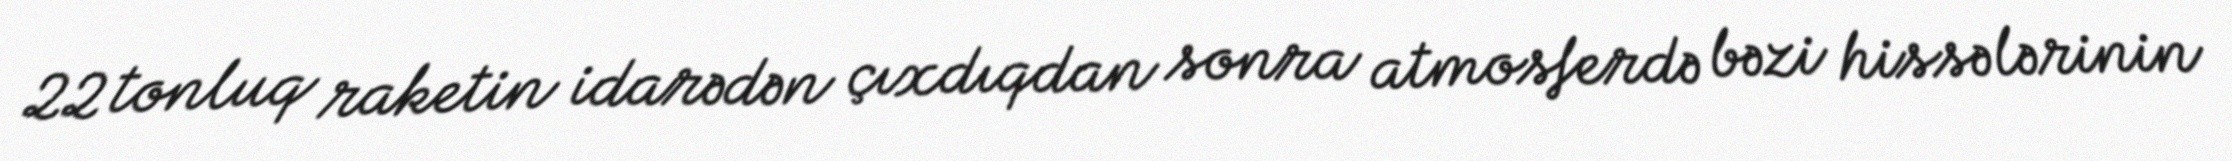
22 tonluq raketin idarədən çıxdıqdan sonra atmosferdə bəzi hissələrinin